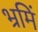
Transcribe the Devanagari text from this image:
भ्रमिं